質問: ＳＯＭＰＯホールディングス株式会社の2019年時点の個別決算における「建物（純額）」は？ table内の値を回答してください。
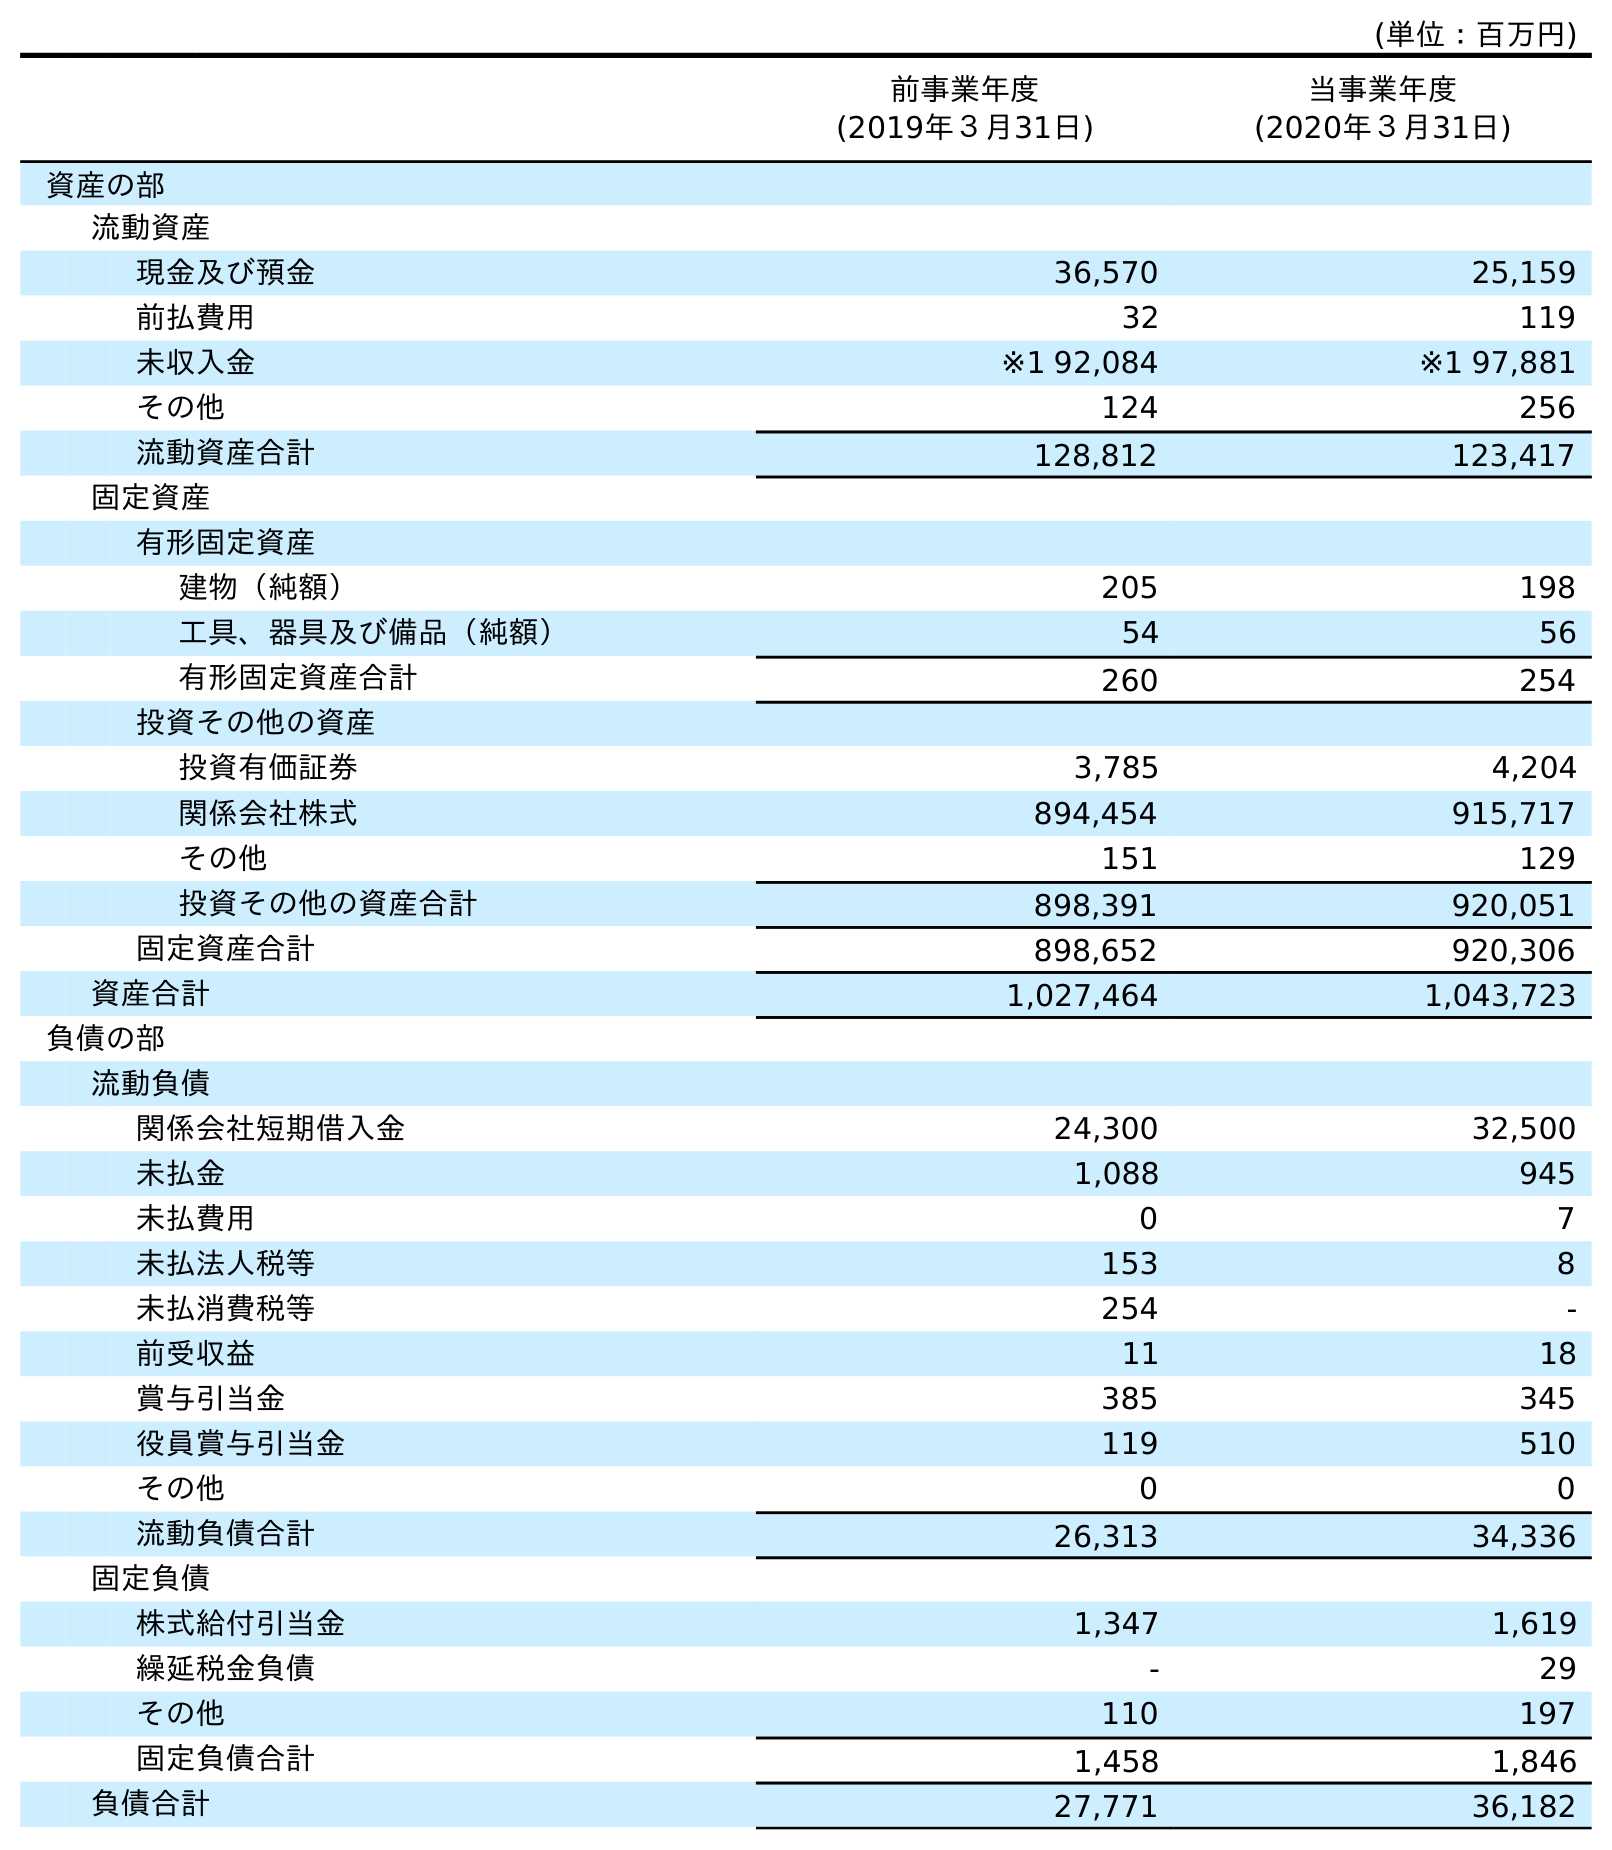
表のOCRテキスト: (単位：百万円) 前事業年度 (2019年３月31日) 当事業年度 (2020年３月31日) 資産の部 流動資産 現金及び預金 36,570 25,159 前払費用 32 119 未収入金 ※1 92,084 ※1 97,881 その他 124 256 流動資産合計 128,812 123,417 固定資産 有形固定資産 建物（純額） 205 198 工具、器具及び備品（純額） 54 56 有形固定資産合計 260 254 投資その他の資産 投資有価証券 3,785 4,204 関係会社株式 894,454 915,717 その他 151 129 投資その他の資産合計 898,391 920,051 固定資産合計 898,652 920,306 資産合計 1,027,464 1,043,723 負債の部 流動負債 関係会社短期借入金 24,300 32,500 未払金 1,088 945 未払費用 0 7 未払法人税等 153 8 未払消費税等 254 - 前受収益 11 18 賞与引当金 385 345 役員賞与引当金 119 510 その他 0 0 流動負債合計 26,313 34,336 固定負債 株式給付引当金 1,347 1,619 繰延税金負債 - 29 その他 110 197 固定負債合計 1,458 1,846 負債合計 27,771 36,182
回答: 205